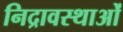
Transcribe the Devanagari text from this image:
निद्रावस्थाओं